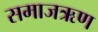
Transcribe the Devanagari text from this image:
समाजऋण